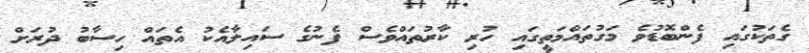
ގެތަކުގައި ފެންބޮޑުވެ މަގުތައްމަތީގައި ހުރި ކާރުތައްވެސް ފެނުގެ ސައިލާއެކު އެތައް ހިސާބު ދުރަށް